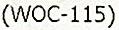
(WOC-115)